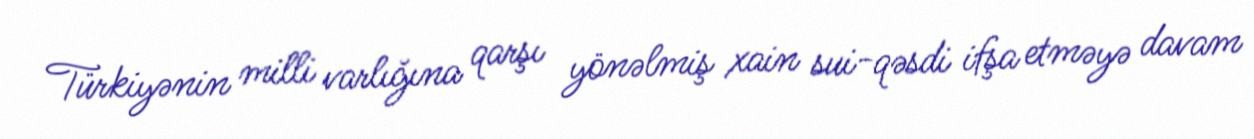
Türkiyənin milli varlığına qarşı yönəlmiş xain sui-qəsdi ifşa etməyə davam